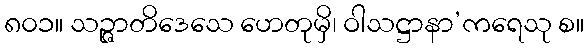
၈၀၁။ သဉ္ဇာတိဒေသေ ဟေတုမှိ၊ ဝါသဋ္ဌာနာ’ကရေသု စ။